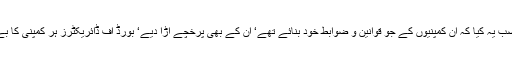
پھر غضب اندر غضب یہ کیا کہ ان کمپنیوں کے جو قوانین و ضوابط خود بنائے تھے‘ ان کے بھی پرخچے اڑا دیے‘ بورڈ آف ڈائریکٹرز ہر کمپنی کا بے بس ہو کر رہ گیا۔